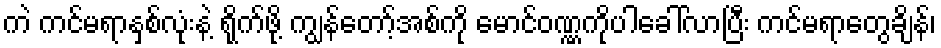
ကဲ ကင်မရာနှစ်လုံးနဲ့ ရိုက်ဖို့ ကျွန်တော့်အစ်ကို မောင်ဝဏ္ဏကိုပါခေါ်လာပြီး ကင်မရာတွေချိန်၊